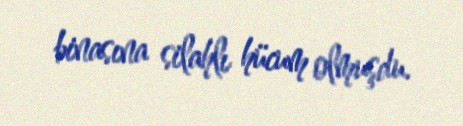
binasına silahlı hücum olmuşdu.